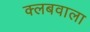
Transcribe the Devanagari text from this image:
क्लबवाला